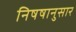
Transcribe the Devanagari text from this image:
निषषानुसार